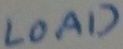
Text: LOAD